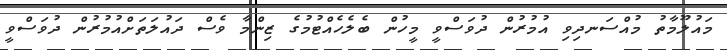
މައުލޫމާތު މުއްސަނދިވި އުމުރުން ދުވަސްވީ މީހުން ބެލެހެއްޓުމުގެ ޒިންމާ ވެސް ދައުލަތަށްއުމުރުން ދުވަސްވީ